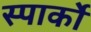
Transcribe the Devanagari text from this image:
स्पार्को